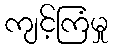
ကျင့်ကြံမှု